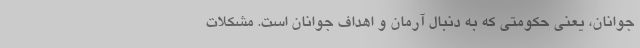
جوانان، یعنی حکومتی که به دنبال آرمان و اهداف جوانان است. مشکلات